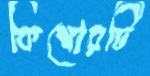
কিশোরটি